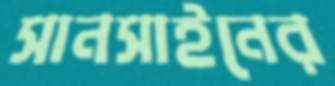
সানসাইনের